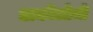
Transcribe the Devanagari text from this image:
अर्कोलोजी